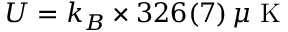
U = k _ { B } \times 3 2 6 ( 7 ) \, \mu \mathrm { ~ K ~ }